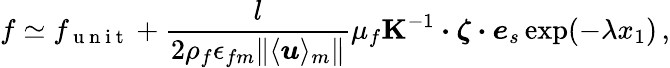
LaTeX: f\simeq f_{\mathrm{~u~n~i~t~}}+\frac{l}{2\rho_{f}\epsilon_{fm}\Vert\langle\boldsymbol{u}\rangle_{m}\Vert}\mu_{f}\boldsymbol{\mathrm{K}}^{-1}\boldsymbol{\cdot}\boldsymbol{\zeta}\boldsymbol{\cdot}\boldsymbol{e}_{s}\exp(-\lambda x_{1})\, ,